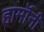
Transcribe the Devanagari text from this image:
हार्मॉनी